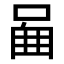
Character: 𠴿